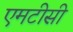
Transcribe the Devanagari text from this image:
एमटीसी